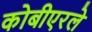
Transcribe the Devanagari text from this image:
कोबीएरले